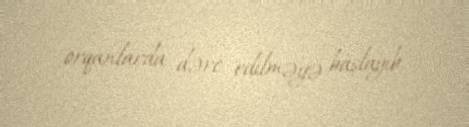
orqanlarda dərc edilməyə başlayıb.